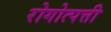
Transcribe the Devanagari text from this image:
रोगोत्पत्ती